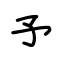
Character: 予